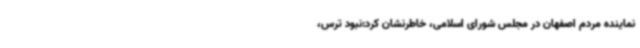
نماینده مردم اصفهان در مجلس شورای اسلامی، خاطرنشان کرد:نبود ترس،